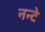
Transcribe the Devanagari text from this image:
नन्टे